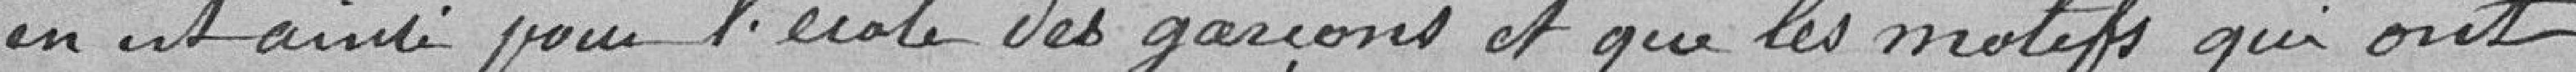
en est ainsi pour l'école des garçons et que les motifs qui ont